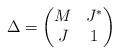
LaTeX: \begin{gather*}\Delta=\begin{pmatrix}M & J^*\\J & 1\end{pmatrix}\end{gather*}